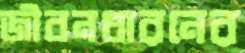
জীবনধারনের